Annual statistical returns and brief notes on vaccination in Bengal - 1909-1929
Year: 1909
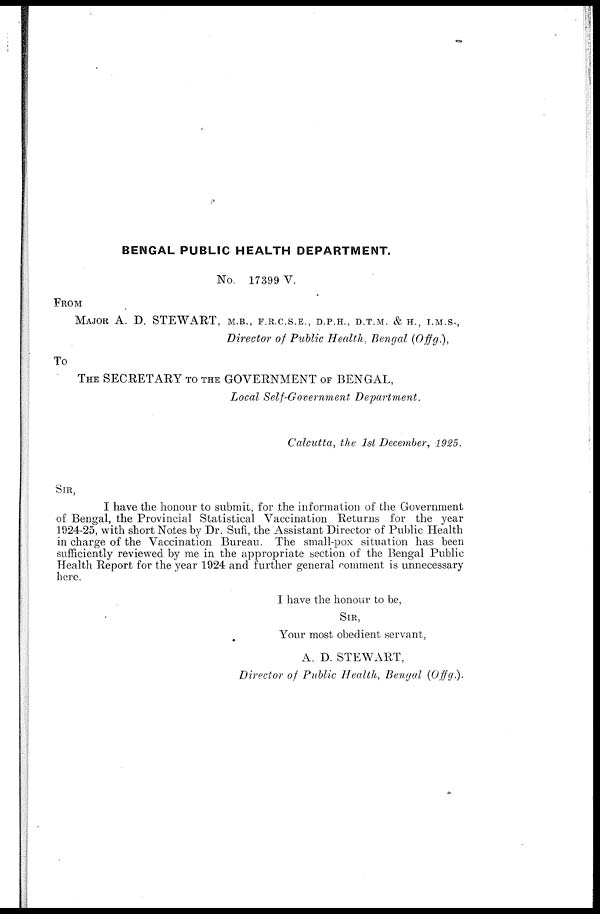
BENGAL PUBLIC HEALTH DEPARTMENT.
No. 17399 V.
FROM
MAJOR A. D. STEWART, M.B., F.R.C.S.E., D.P.H., D.T.M. & H., I.M.S.,
Director of Public Health, Bengal (Offg.),
To
THE SECRETARY TO THE GOVERNMENT OF BENGAL,
Local Self-Government
Department.
Calcutta, the 1st December, 1925.
SIR,
I have the honour to submit, for the information of the Government
of Bengal, the Provincial Statistical Vaccination Returns for the year
1924-25, with short Notes by Dr. Sufi, the Assistant Director of Public Health
in charge of the Vaccination Bureau. The small-pox situation has been
sufficiently reviewed by me in the appropriate section of the Bengal Public
Health Report for the year 1924 and further general comment is unnecessary
here.
I have the honour to be,
SIR,
Your most obedient servant,
A. D. STEWART,
Director of Public Health, Bengal (Offg.).